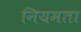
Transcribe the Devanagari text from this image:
नियमता